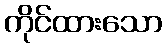
ကိုင်ထားသော